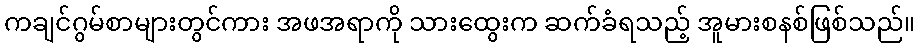
ကချင်ဂွမ်စာများတွင်ကား အဖအရာကို သားထွေးက ဆက်ခံရသည့် အူမားစနစ်ဖြစ်သည်။